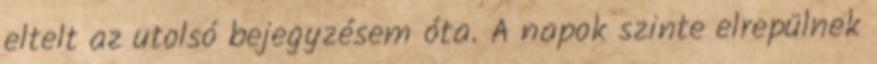
eltelt az utolsó bejegyzésem óta. A napok szinte elrepülnek